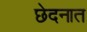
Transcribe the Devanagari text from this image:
छेदनात